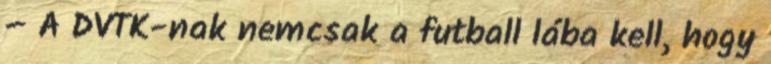
– A DVTK-nak nemcsak a futball lába kell, hogy